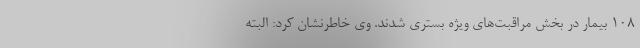
108 بیمار در بخش مراقبت‌های ویژه بستری شدند. وی خاطرنشان کرد: البته